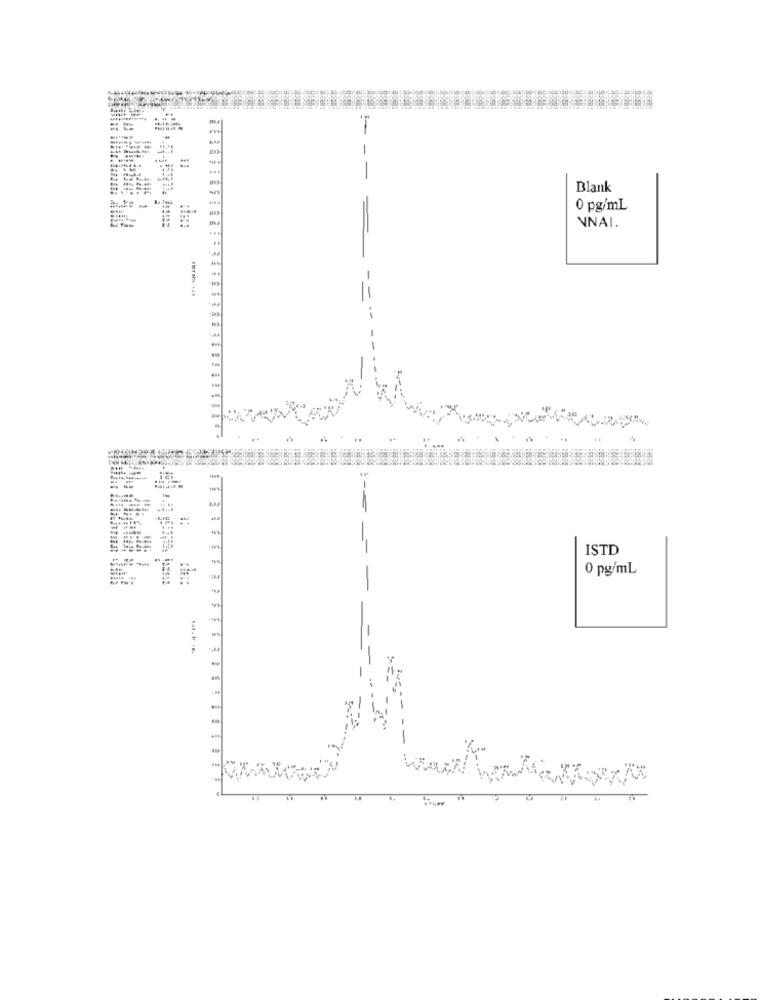
--
1
1
-
Blank
0 pg/ml
VNAI.
-
-
-
ISTD
0 pg/mL
Tat. H /B.
--